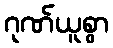
ဂုဏ်ယူစွာ